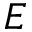
E